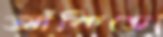
আঁকিতে